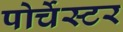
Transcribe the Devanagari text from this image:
पोर्चेस्टर